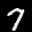
Label: 7